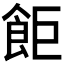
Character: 𫗎